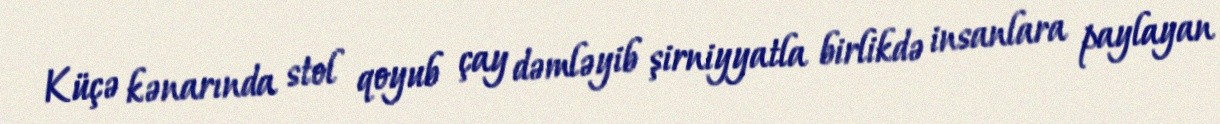
Küçə kənarında stol qoyub çay dəmləyib şirniyyatla birlikdə insanlara paylayan